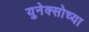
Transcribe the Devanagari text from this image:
युनेक्सोच्या